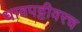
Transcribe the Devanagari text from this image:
धावपट्टीवरच